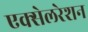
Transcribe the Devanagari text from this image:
एक्‍सेलरेशन